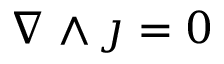
\nabla \wedge \j = 0